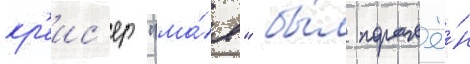
кр'еис'ер "ма́я" бы́л поражё́н